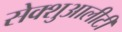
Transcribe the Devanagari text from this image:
सेक्शुआलीटी